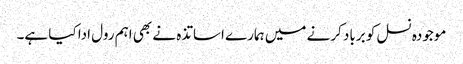
موجودہ نسل کو برباد کرنے میں ہمارے اساتذہ نے بھی اہم رول ادا کیا ہے۔